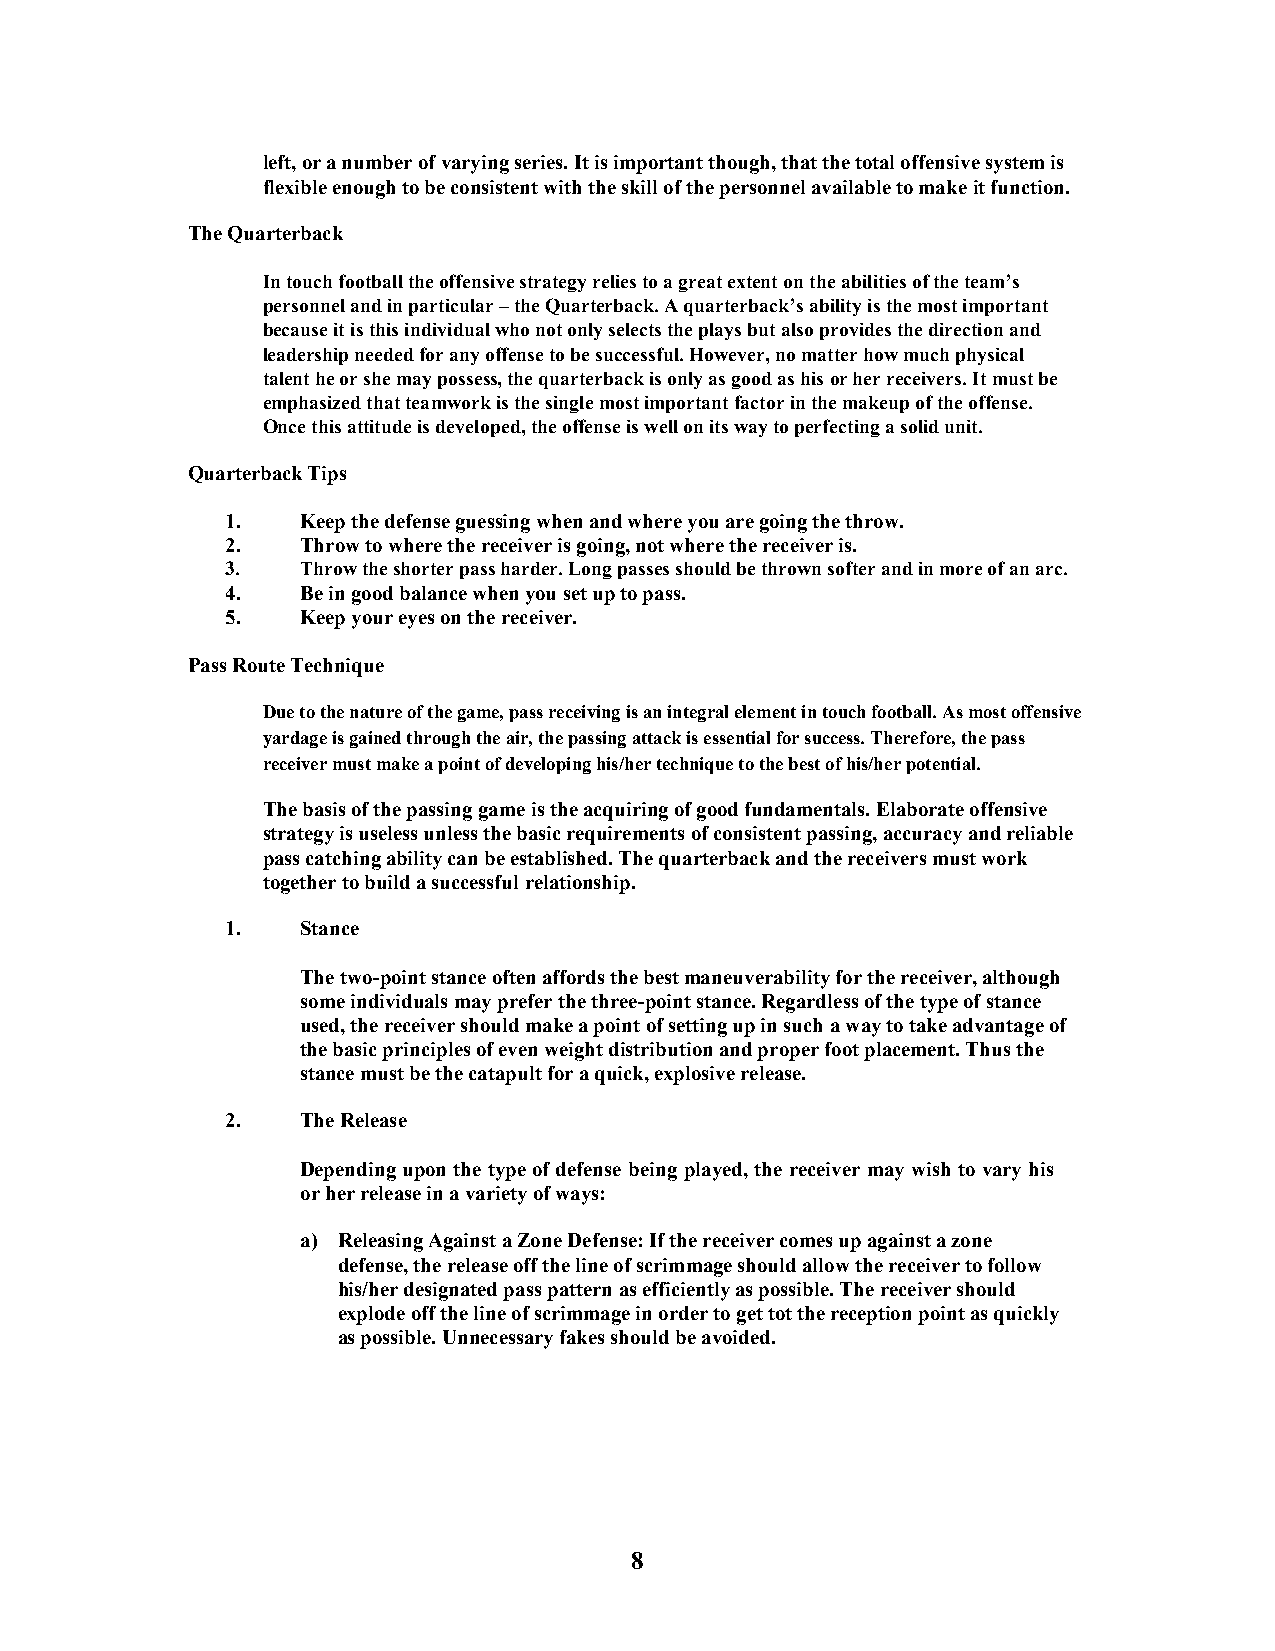
left, or a number of varying series. It is important though, that the total offensive system is
 flexible enough to be consistent with the skill of the personnel available to make it function.
 The Quarterback
 In touch football the offensive strategy relies to a great extent on the abilities of the team’s
 personnel and in particular – the Quarterback. A quarterback’s ability is the most important
 because it is this individual who not only selects the plays but also provides the direction and
 leadership needed for any offense to be successful. However, no matter how much physical
 talent he or she may possess, the quarterback is only as good as his or her receivers. It must be
 emphasized that teamwork is the single most important factor in the makeup of the offense.
 Once this attitude is developed, the offense is well on its way to perfecting a solid unit.
 Quarterback Tips
 1.   Keep the defense guessing when and where you are going the throw.
 2.   Throw to where the receiver is going, not where the receiver is.
 3.   Throw the shorter pass harder. Long passes should be thrown softer and in more of an arc.
 4.   Be in good balance when you set up to pass.
 5.   Keep your eyes on the receiver.
 Pass Route Technique
 Due to the nature of the game, pass receiving is an integral element in touch football. As most offensive
 yardage is gained through the air, the passing attack is essential for success. Therefore, the pass
 receiver must make a point of developing his/her technique to the best of his/her potential.
 The basis of the passing game is the acquiring of good fundamentals. Elaborate offensive
 strategy is useless unless the basic requirements of consistent passing, accuracy and reliable
 pass catching ability can be established. The quarterback and the receivers must work
 together to build a successful relationship.
 1.   Stance
 The two-point stance often affords the best maneuverability for the receiver, although
 some individuals may prefer the three-point stance. Regardless of the type of stance
 used, the receiver should make a point of setting up in such a way to take advantage of
 the basic principles of even weight distribution and proper foot placement. Thus the
 stance must be the catapult for a quick, explosive release.
 2.   The Release
 Depending upon the type of defense being played, the receiver may wish to vary his
 or her release in a variety of ways:
 a) Releasing Against a Zone Defense: If the receiver comes up against a zone
 defense, the release off the line of scrimmage should allow the receiver to follow
 his/her designated pass pattern as efficiently as possible. The receiver should
 explode off the line of scrimmage in order to get tot the reception point as quickly
 as possible. Unnecessary fakes should be avoided.
 8